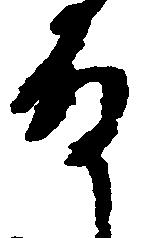
殿